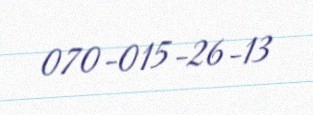
070-015-26-13